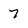
Character: 7